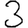
Digit: 3